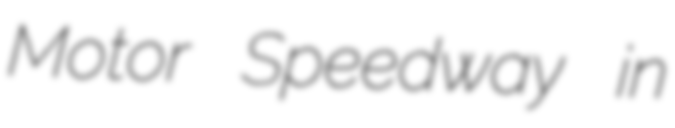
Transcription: Motor Speedway in